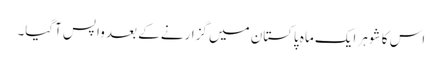
اس کا شوہر ایک ماہ پاکستان میں گزارنے کے بعد واپس آگیا۔